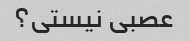
عصبی نیستی؟